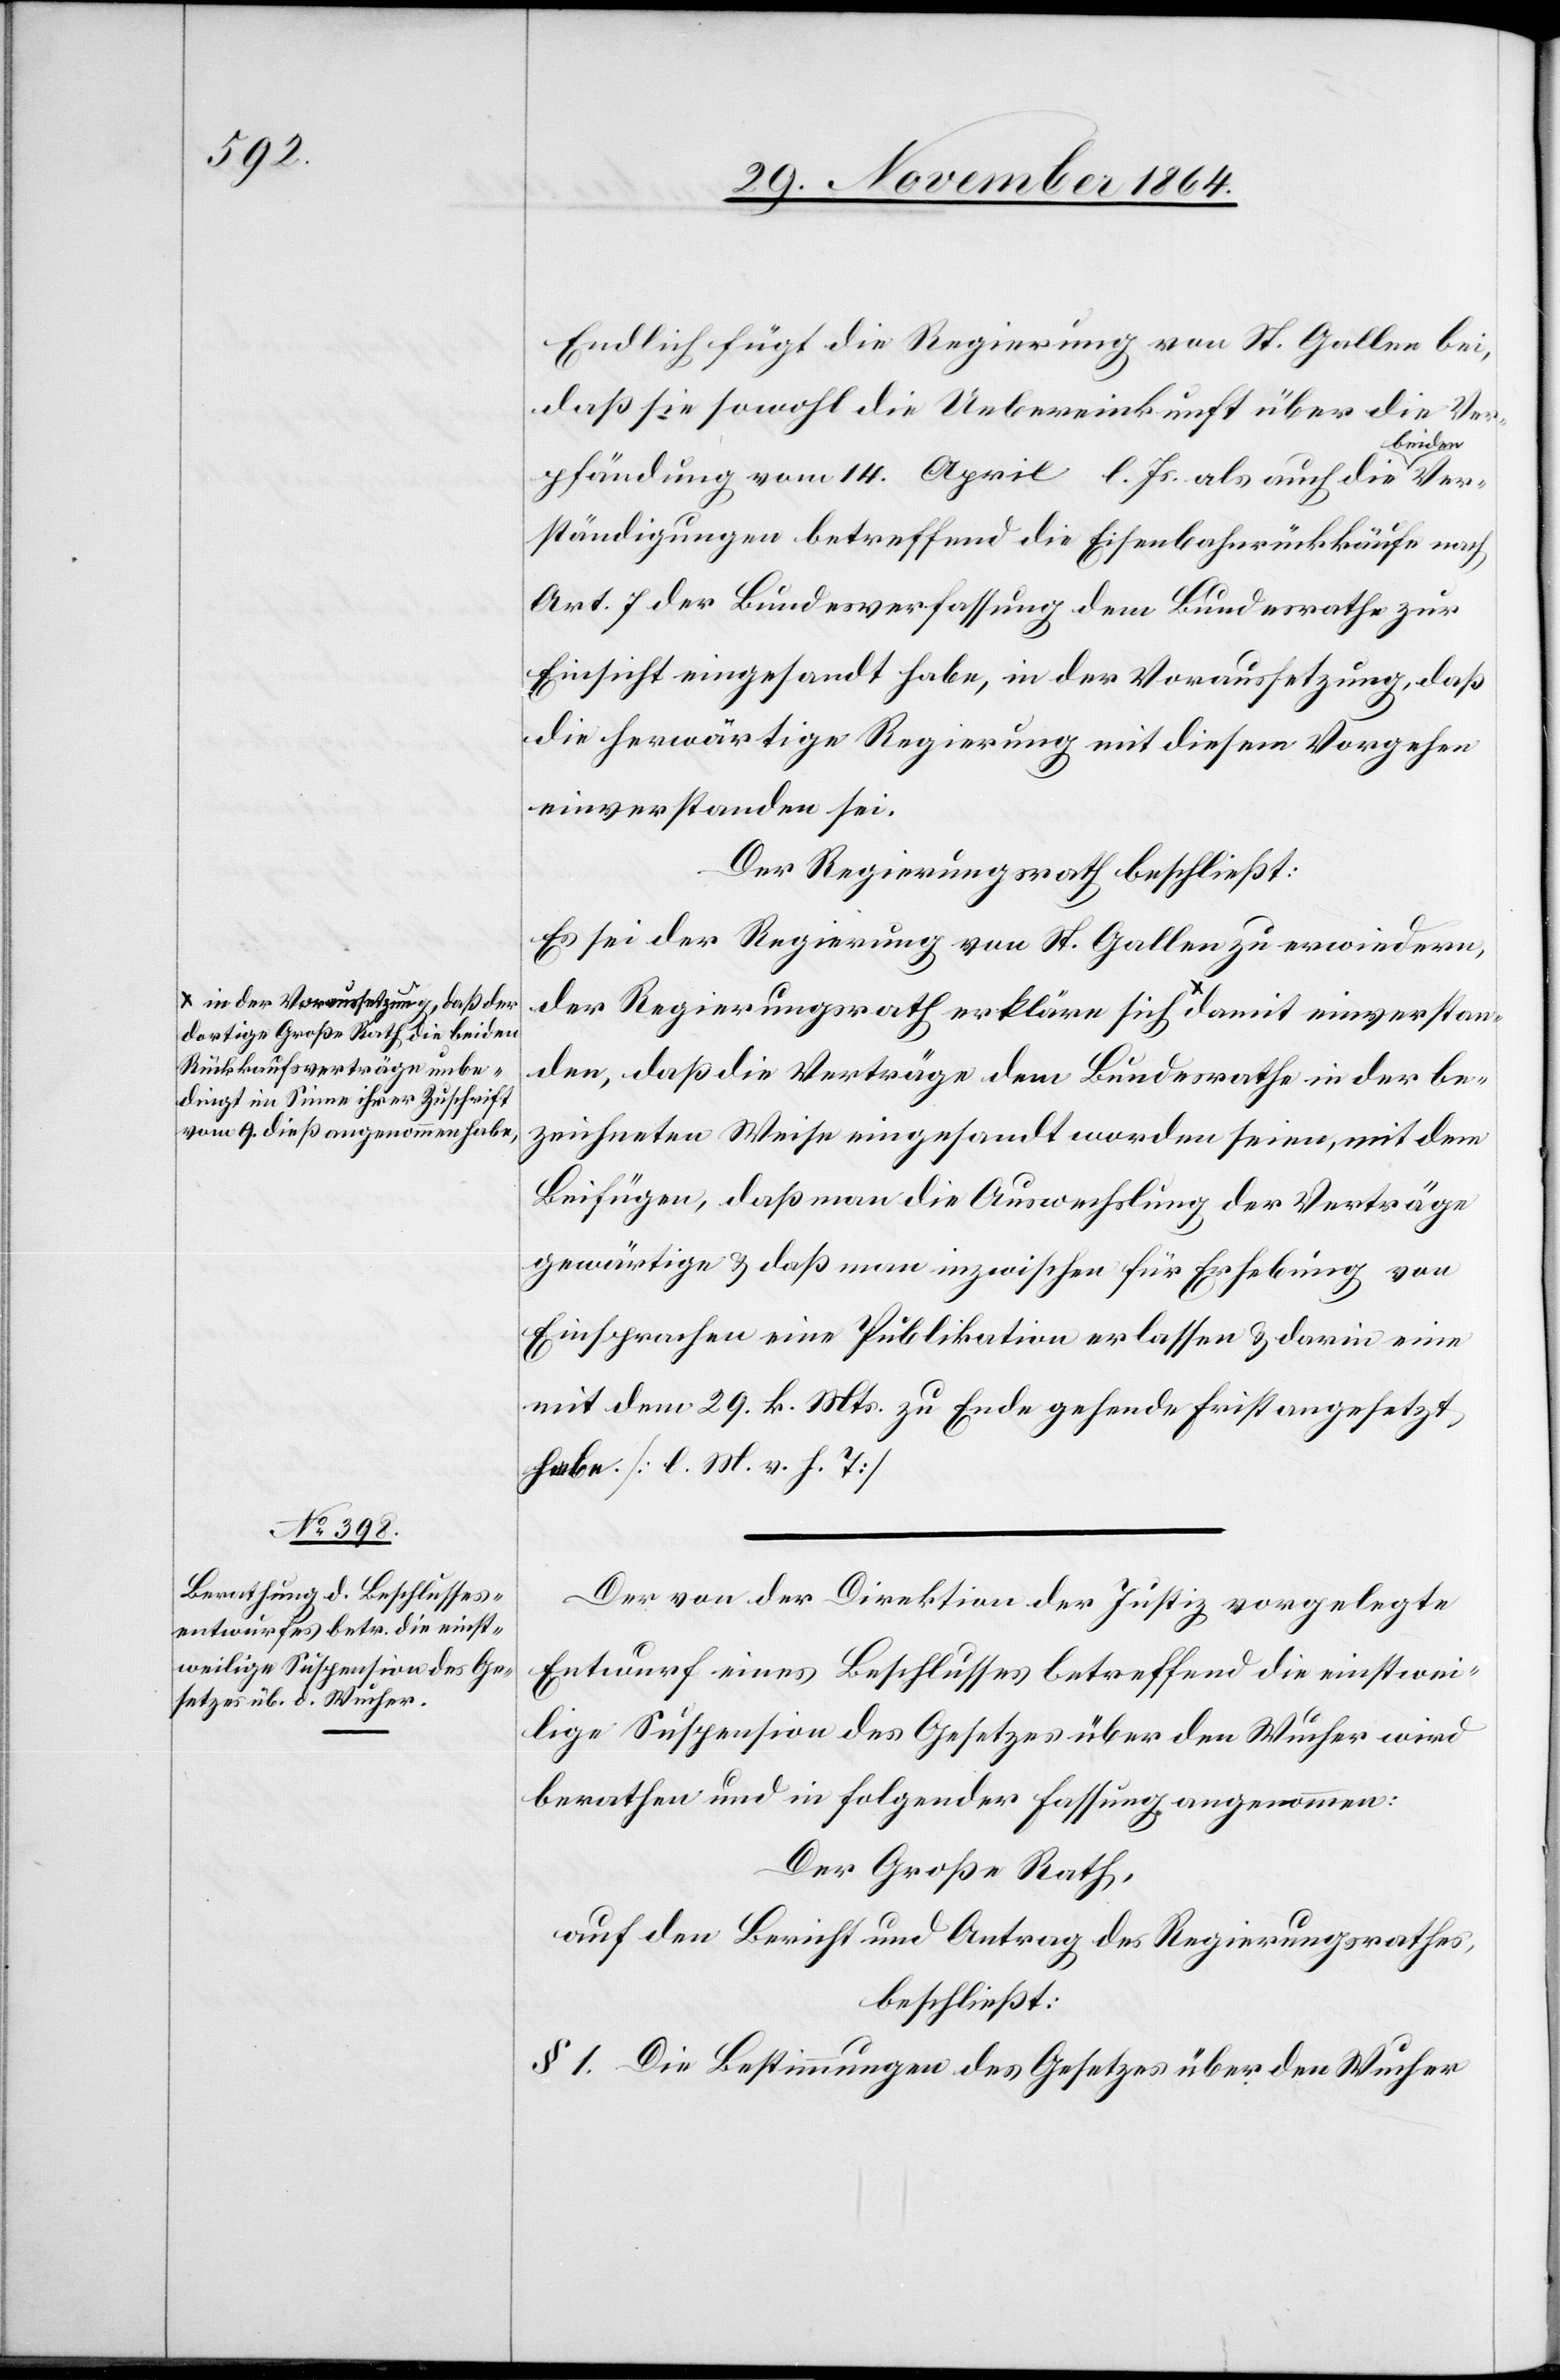
Ver¬
dortige Große Rath die beiden
Rückkaufsverträge unbe¬
dingt im Sinne ihrer Zuschrift
vom 9. dieß angenommen habe,-a

Endlich fügt die Regierung von St. Gallen bei,
daß sie sowohl die Uebereinkunft über die Ver¬
einverstan¬
pfändung von 14. April l. Js. als auch die a-b¬
ständigungen betreffend die Eisenbahnrückkäufe nach
Art. 7 der Bundesverfassung dem Bundesrathe zur
Einsicht eingesandt habe, in der Voraussetzung, daß
die herwärtige Regierung mit diesem Vorgehen
einverstanden sei.
Der Regierungsrath beschließt:
Es sei der Regierung von St. Gallen zu erwiedern,
der Regierungsrath erkläre sich a-in der
den, daß die Verträge dem Bundesrathe in der be¬
zeichneten Weise eingesandt worden seien, mit dem
Beifügen, daß man die Auswechslung der Verträge
gewärtige & daß man inzwischen für Erhebung von
Einsprachen eine Publikation erlassen & darin eine
mit dem 29. k. Mts. zu Ende gehende Frist angesetzt
habe. [l. M. v. h. T.]
Der von der Direktion der Justiz vorgelegte
Entwurf eines Beschlusses betreffend die einstwei¬
lige Suspension des Gesetzes über den Wucher wird
berathen und in folgender Fassung angenommen:
Der Große Rath,
auf den Bericht und Antrag des Regierungsrathes,
beschließt:
§ 1. Die Bestimmungen des Gesetzes über den Wucher